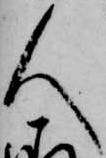
人